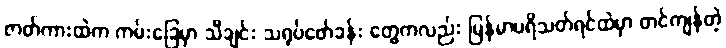
ဇာတ်ကားထဲက ကမ်းခြေမှာ သီချင်း သရုပ်ဖော်ခန်း တွေကလည်း မြန်မာပရိသတ်ရင်ထဲမှာ တင်ကျန်တဲ့